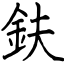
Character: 鈇